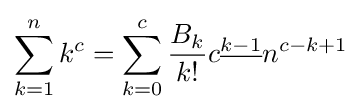
\sum _{k=1}^{n}k^{c}=\sum _{k=0}^{c}{\frac {B_{k}}{k!}}c^{\underline {k-1}}n^{c-k+1}